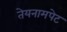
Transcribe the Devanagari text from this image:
तेयनामपेट